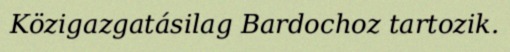
Közigazgatásilag Bardochoz tartozik.